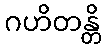
ဂဟိတန္တိ